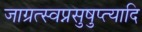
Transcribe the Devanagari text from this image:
जाग्रत्स्वप्नसुषुप्त्यादि